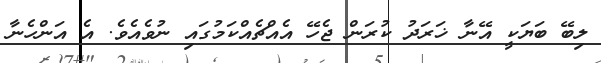
ލިބޭ ބަޔަކީ އޭނާ ޚަރަދު ކުރަން ޖެހޭ އެއްޗެއްކަމުގައި ނުވެއެވެ. އެ އަންހެނާ